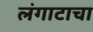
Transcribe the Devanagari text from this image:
लंगाटाचा